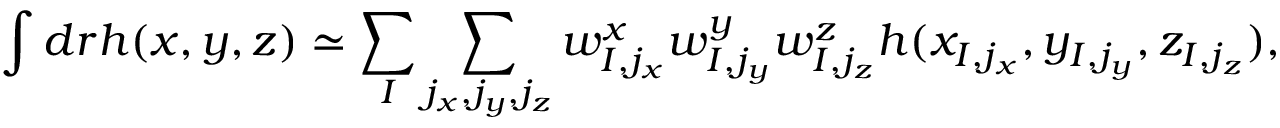
\int d \boldsymbol { r } h ( x , y , z ) \simeq \sum _ { I } \sum _ { j _ { x } , j _ { y } , j _ { z } } w _ { I , j _ { x } } ^ { x } w _ { I , j _ { y } } ^ { y } w _ { I , j _ { z } } ^ { z } h ( x _ { I , j _ { x } } , y _ { I , j _ { y } } , z _ { I , j _ { z } } ) ,